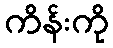
ကိန်းကို